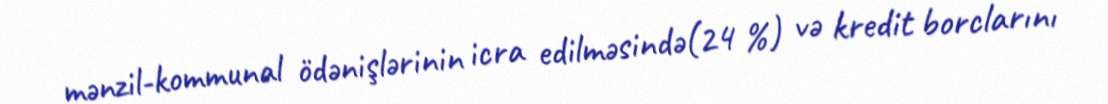
mənzil-kommunal ödənişlərinin icra edilməsində(24 %) və kredit borclarını